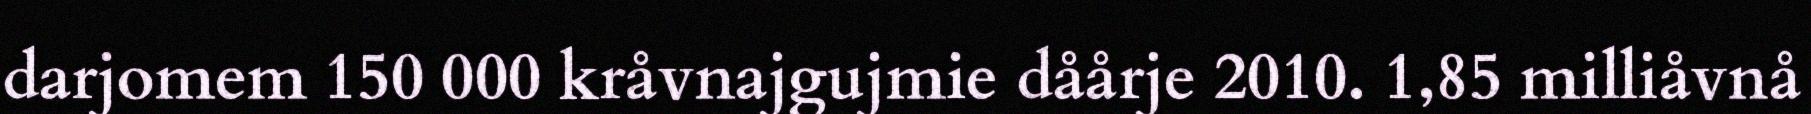
darjomem 150 000 kråvnajgujmie dåårje 2010. 1,85 milliåvnå